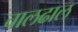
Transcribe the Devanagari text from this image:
चालढाल